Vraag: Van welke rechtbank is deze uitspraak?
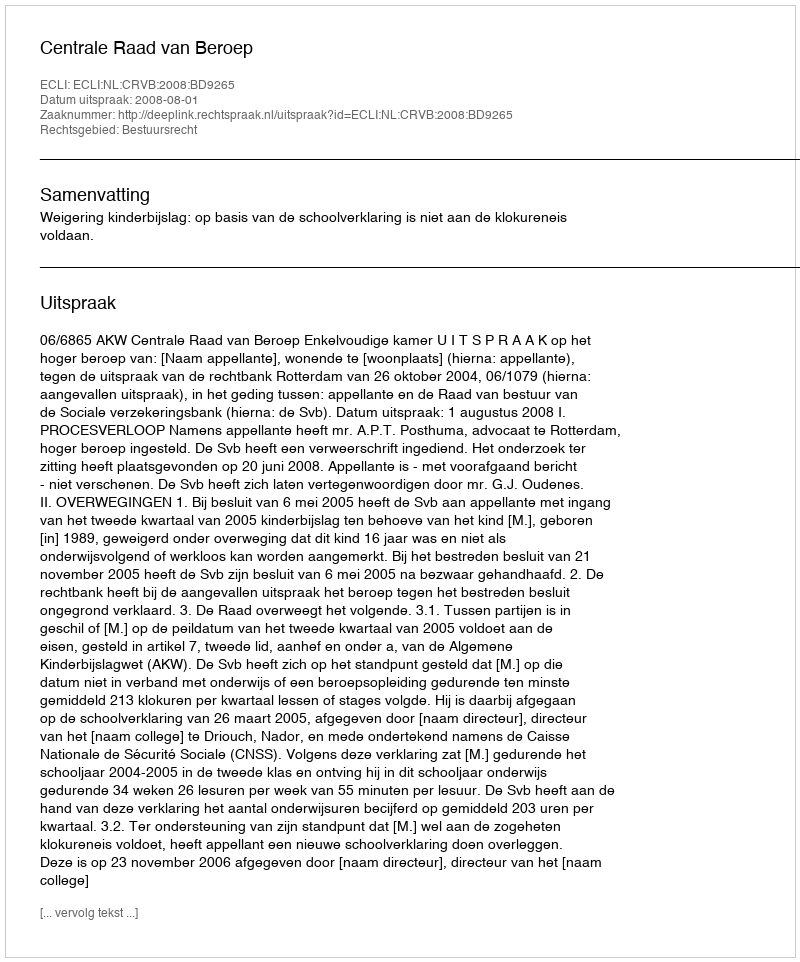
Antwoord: Centrale Raad van Beroep